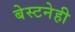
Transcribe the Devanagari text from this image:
बेस्टनेही